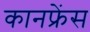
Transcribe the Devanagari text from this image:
कानफ्रेंस